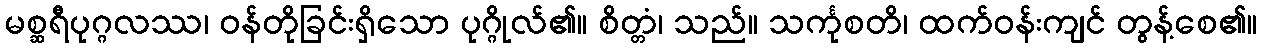
မစ္ဆရီပုဂ္ဂလဿ၊ ဝန်တိုခြင်းရှိသော ပုဂ္ဂိုလ်၏။ စိတ္တံ၊ သည်။ သင်္ကုစတိ၊ ထက်ဝန်းကျင် တွန့်စေ၏။